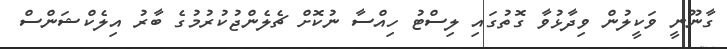
ގާނޫނީ ވަކީލުން ވިދާޅުވާ ގޮތުގައި ލިސްޓު ހިއްސާ ނުކޮށް ޗެލެންޖުކުރުމުގެ ބާރު އިލެކްޝަންސް